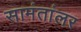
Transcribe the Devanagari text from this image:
सामंतांलर